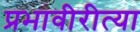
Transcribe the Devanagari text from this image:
प्रभावीरीत्या